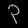
Digit: ၃